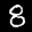
Label: 8